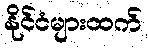
နိုင်ငံများထက်